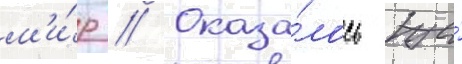
м'и́р // Оказа́лось же́